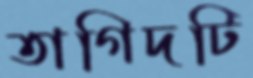
তাগিদটি